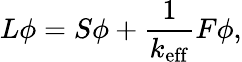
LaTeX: L\phi=S\phi+\frac{1}{k_{\mathrm{eff}}}F\phi,